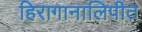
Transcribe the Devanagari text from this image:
हिरागानालिपीत